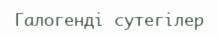
Галогенді сутегілер